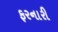
ફરનારી